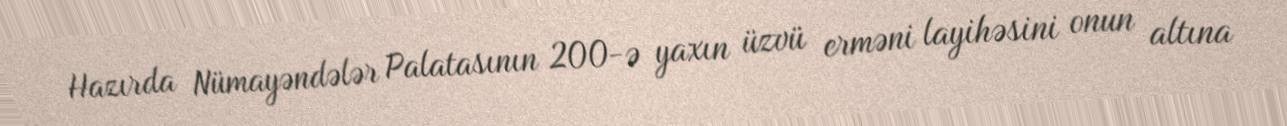
Hazırda Nümayəndələr Palatasının 200-ə yaxın üzvü erməni layihəsini onun altına